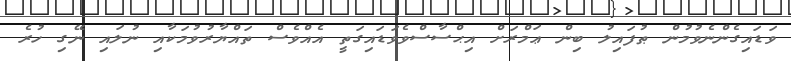
ވަޑައިގެންނެވުމުން ޠުފައިލު ބިން ޢަމްރަށް އިޙްސާސްވެވަޑައިގަތީ އެއްވެސް ތައްޔާރުވުމަކާއި ނުލައި ނޭގި ހުރެ